system: You are a helpful assistant.
user:
Analyze the provided spectrum to determine if it is a **"Cataclysmic Variables (CV)"**.

- **Key Indicators for CV (Check for either state):**
    - **State 1: Quiescent / Low-State (Emission-Dominated)**
        - **(Primary):** Strong and *very broad* Hydrogen Balmer emission lines (e.g., $H\alpha$ at 6563 Å, $H\beta$ at 4861 Å). The 'broadness' (high velocity dispersion, often FWHM > 1000 km/s) is the key diagnostic, indicating a high-velocity accretion disk.
        - **(Secondary):** Broad neutral Helium (He I) emission lines (e.g., 5876 Å, 6678 Å).
        - **(Key Confirmation):** Presence of high-excitation *ionized* Helium (He II) emission at 4686 Å. This is a strong indicator of accretion onto a white dwarf.
        - **(Line Profile):** Emission lines may exhibit a 'double-peaked' profile, which is a classic signature of a rotating accretion disk viewed at high inclination.

    - **State 2: Outburst / High-State (Absorption-Dominated)**
        - **(Primary):** Spectrum is dominated by a bright, blue continuum (looks like a hot star).
        - **(Secondary):** The emission lines from State 1 are weak, absent, or 'filled in', and are replaced by broad, shallow *absorption* lines (primarily Balmer and He I).
        - **(Morphology):** The overall spectrum mimics a hot B/A-type star. The crucial difference is that the absorption lines are significantly broader, shallower, and more 'washed-out' (or 'smeared') than the sharp lines of a normal stellar photosphere, due to high rotational speeds and pressure broadening in the disk.

Think first, call **spectral_visualization_tool** if needed to examine features in detail, then provide your final answer. Your response must adhere to the following strict rules:
1.  **Overall Structure:** Your response must follow the format `<think>...</think> <tool_call>...</tool_call> (if a tool is used) <answer>...</answer>`.
2.  **Tool Usage Constraint:** You may only make **one** tool call per turn.
3.  **Final Answer Format:** In the `<answer>` tag, your conclusion must be inside a `\boxed{}` command (e.g., `\boxed{YES}`), followed by your justification.

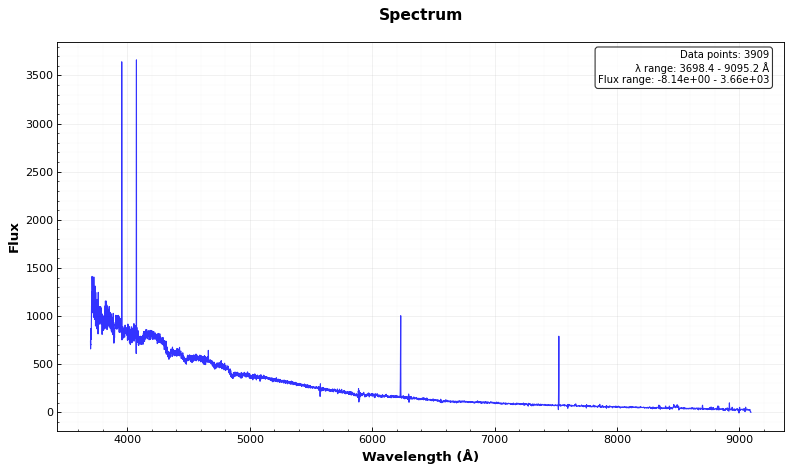
Answer: NO